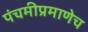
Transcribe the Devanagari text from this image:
पंचमीप्रमाणेच